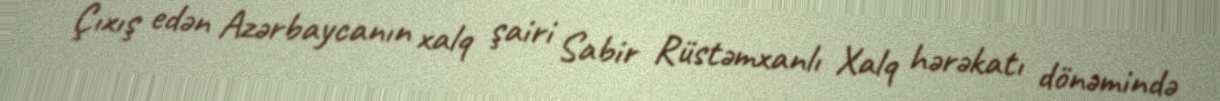
Çıxış edən Azərbaycanın xalq şairi Sabir Rüstəmxanlı Xalq hərəkatı dönəmində